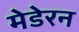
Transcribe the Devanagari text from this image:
मेडेरन